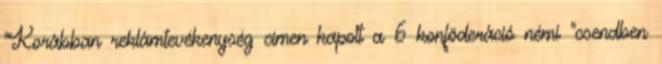
"Korábban reklámtevékenység címen kapott a 6 konföderáció némi "csendben